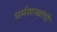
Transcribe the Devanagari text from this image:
धर्मशास्त्रांची